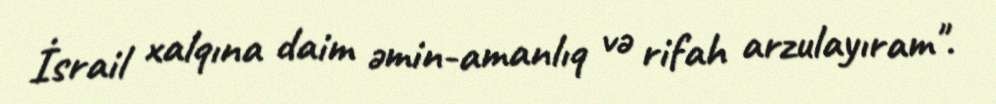
İsrail xalqına daim əmin-amanlıq və rifah arzulayıram".